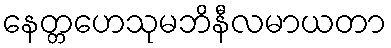
နေတ္တဟေသုမဘိနီလမာယတာ